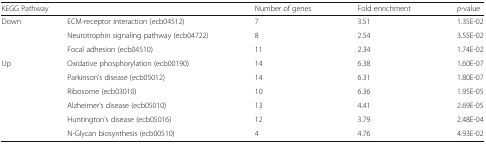
<table><thead><tr><td colspan="2"><b>KEGG Pathway</b></td><td><b>Number of genes</b></td><td><b>Fold enrichment</b></td><td><b><i>p</i>-value</b></td></tr></thead><tbody><tr><td rowspan="3">Down</td><td>ECM-receptor interaction (ecb04512)</td><td>7</td><td>3.51</td><td>1.35E-02</td></tr><tr><td>Neurotrophin signaling pathway (ecb04722)</td><td>8</td><td>2.54</td><td>3.55E-02</td></tr><tr><td>Focal adhesion (ecb04510)</td><td>11</td><td>2.34</td><td>1.74E-02</td></tr><tr><td rowspan="6">Up</td><td>Oxidative phosphorylation (ecb00190)</td><td>14</td><td>6.38</td><td>1.60E-07</td></tr><tr><td>Parkinson’s disease (ecb05012)</td><td>14</td><td>6.31</td><td>1.80E-07</td></tr><tr><td>Ribosome (ecb03010)</td><td>10</td><td>6.36</td><td>1.95E-05</td></tr><tr><td>Alzheimer’s disease (ecb05010)</td><td>13</td><td>4.41</td><td>2.69E-05</td></tr><tr><td>Huntington’s disease (ecb05016)</td><td>12</td><td>3.79</td><td>2.48E-04</td></tr><tr><td>N-Glycan biosynthesis (ecb00510)</td><td>4</td><td>4.76</td><td>4.93E-02</td></tr></tbody></table>